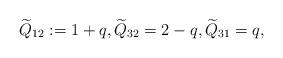
LaTeX: \begin{align*} \widetilde Q_{12} := 1+q, \widetilde Q_{32} = 2-q,\widetilde Q_{31} = q,\end{align*}